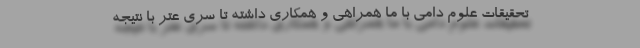
تحقیقات علوم دامی با ما همراهی و همکاری داشته تا سری عتر با نتیجه